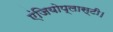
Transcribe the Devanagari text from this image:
एंजियोप्लास्टी।